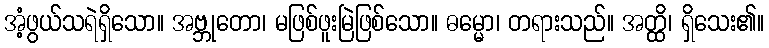
အံ့ဖွယ်သရဲရှိသော။ အဗ္ဘုတော၊ မဖြစ်ဖူးမြဲဖြစ်သော။ ဓမ္မော၊ တရားသည်။ အတ္ထိ၊ ရှိသေး၏။